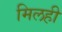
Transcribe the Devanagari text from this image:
मिलही